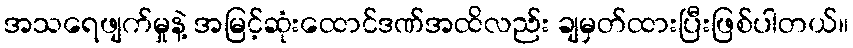
အသရေဖျက်မှုနဲ့ အမြင့်ဆုံးထောင်ဒဏ်အထိလည်း ချမှတ်ထားပြီးဖြစ်ပါတယ်။